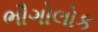
ભૌગોલોક